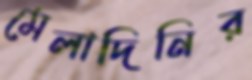
মেলাদিনির